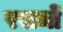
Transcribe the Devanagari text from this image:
रसमों